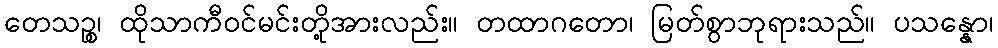
တေသဉ္စ၊ ထိုသာကီဝင်မင်းတို့အားလည်း။ တထာဂတော၊ မြတ်စွာဘုရားသည်။ ပသန္နော၊